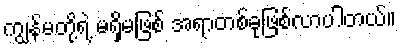
ကျွန်မတို့ရဲ့ မရှိမဖြစ် အရာတစ်ခုဖြစ်လာပါတယ်။